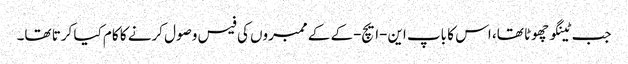
جب ٹینگو چھوٹا تھا، اس کا باپ این-ایچ-کے کے ممبروں کی فیس وصول کرنے کا کام کیا کرتا تھا۔